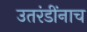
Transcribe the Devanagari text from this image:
उतरंडींनाच